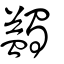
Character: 蠲